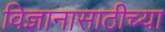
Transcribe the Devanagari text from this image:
विज्ञानासाठीच्या